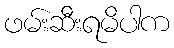
ဖမ်းဆီးရမိပါက